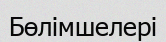
Бөлімшелері